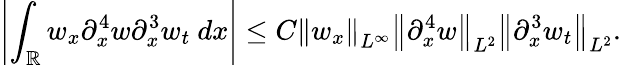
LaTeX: \left|\int_{\mathbb R}w_{x}\partial_{x}^{4}w\partial_{x}^{3}w_{t}\ dx\right|\leq C\left\| w_{x}\right\| _{L^{\infty}}\left\| \partial_{x}^{4}w\right\| _{L^{2}}\left\| \partial_{x}^{3}w_{t}\right\| _{L^{2}}.